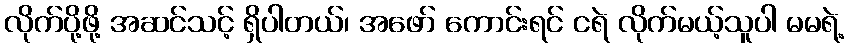
လိုက်ပို့ဖို့ အဆင်သင့် ရှိပါတယ်၊ အဖော် ကောင်းရင် ငရဲ လိုက်မယ့်သူပါ မမရဲ့